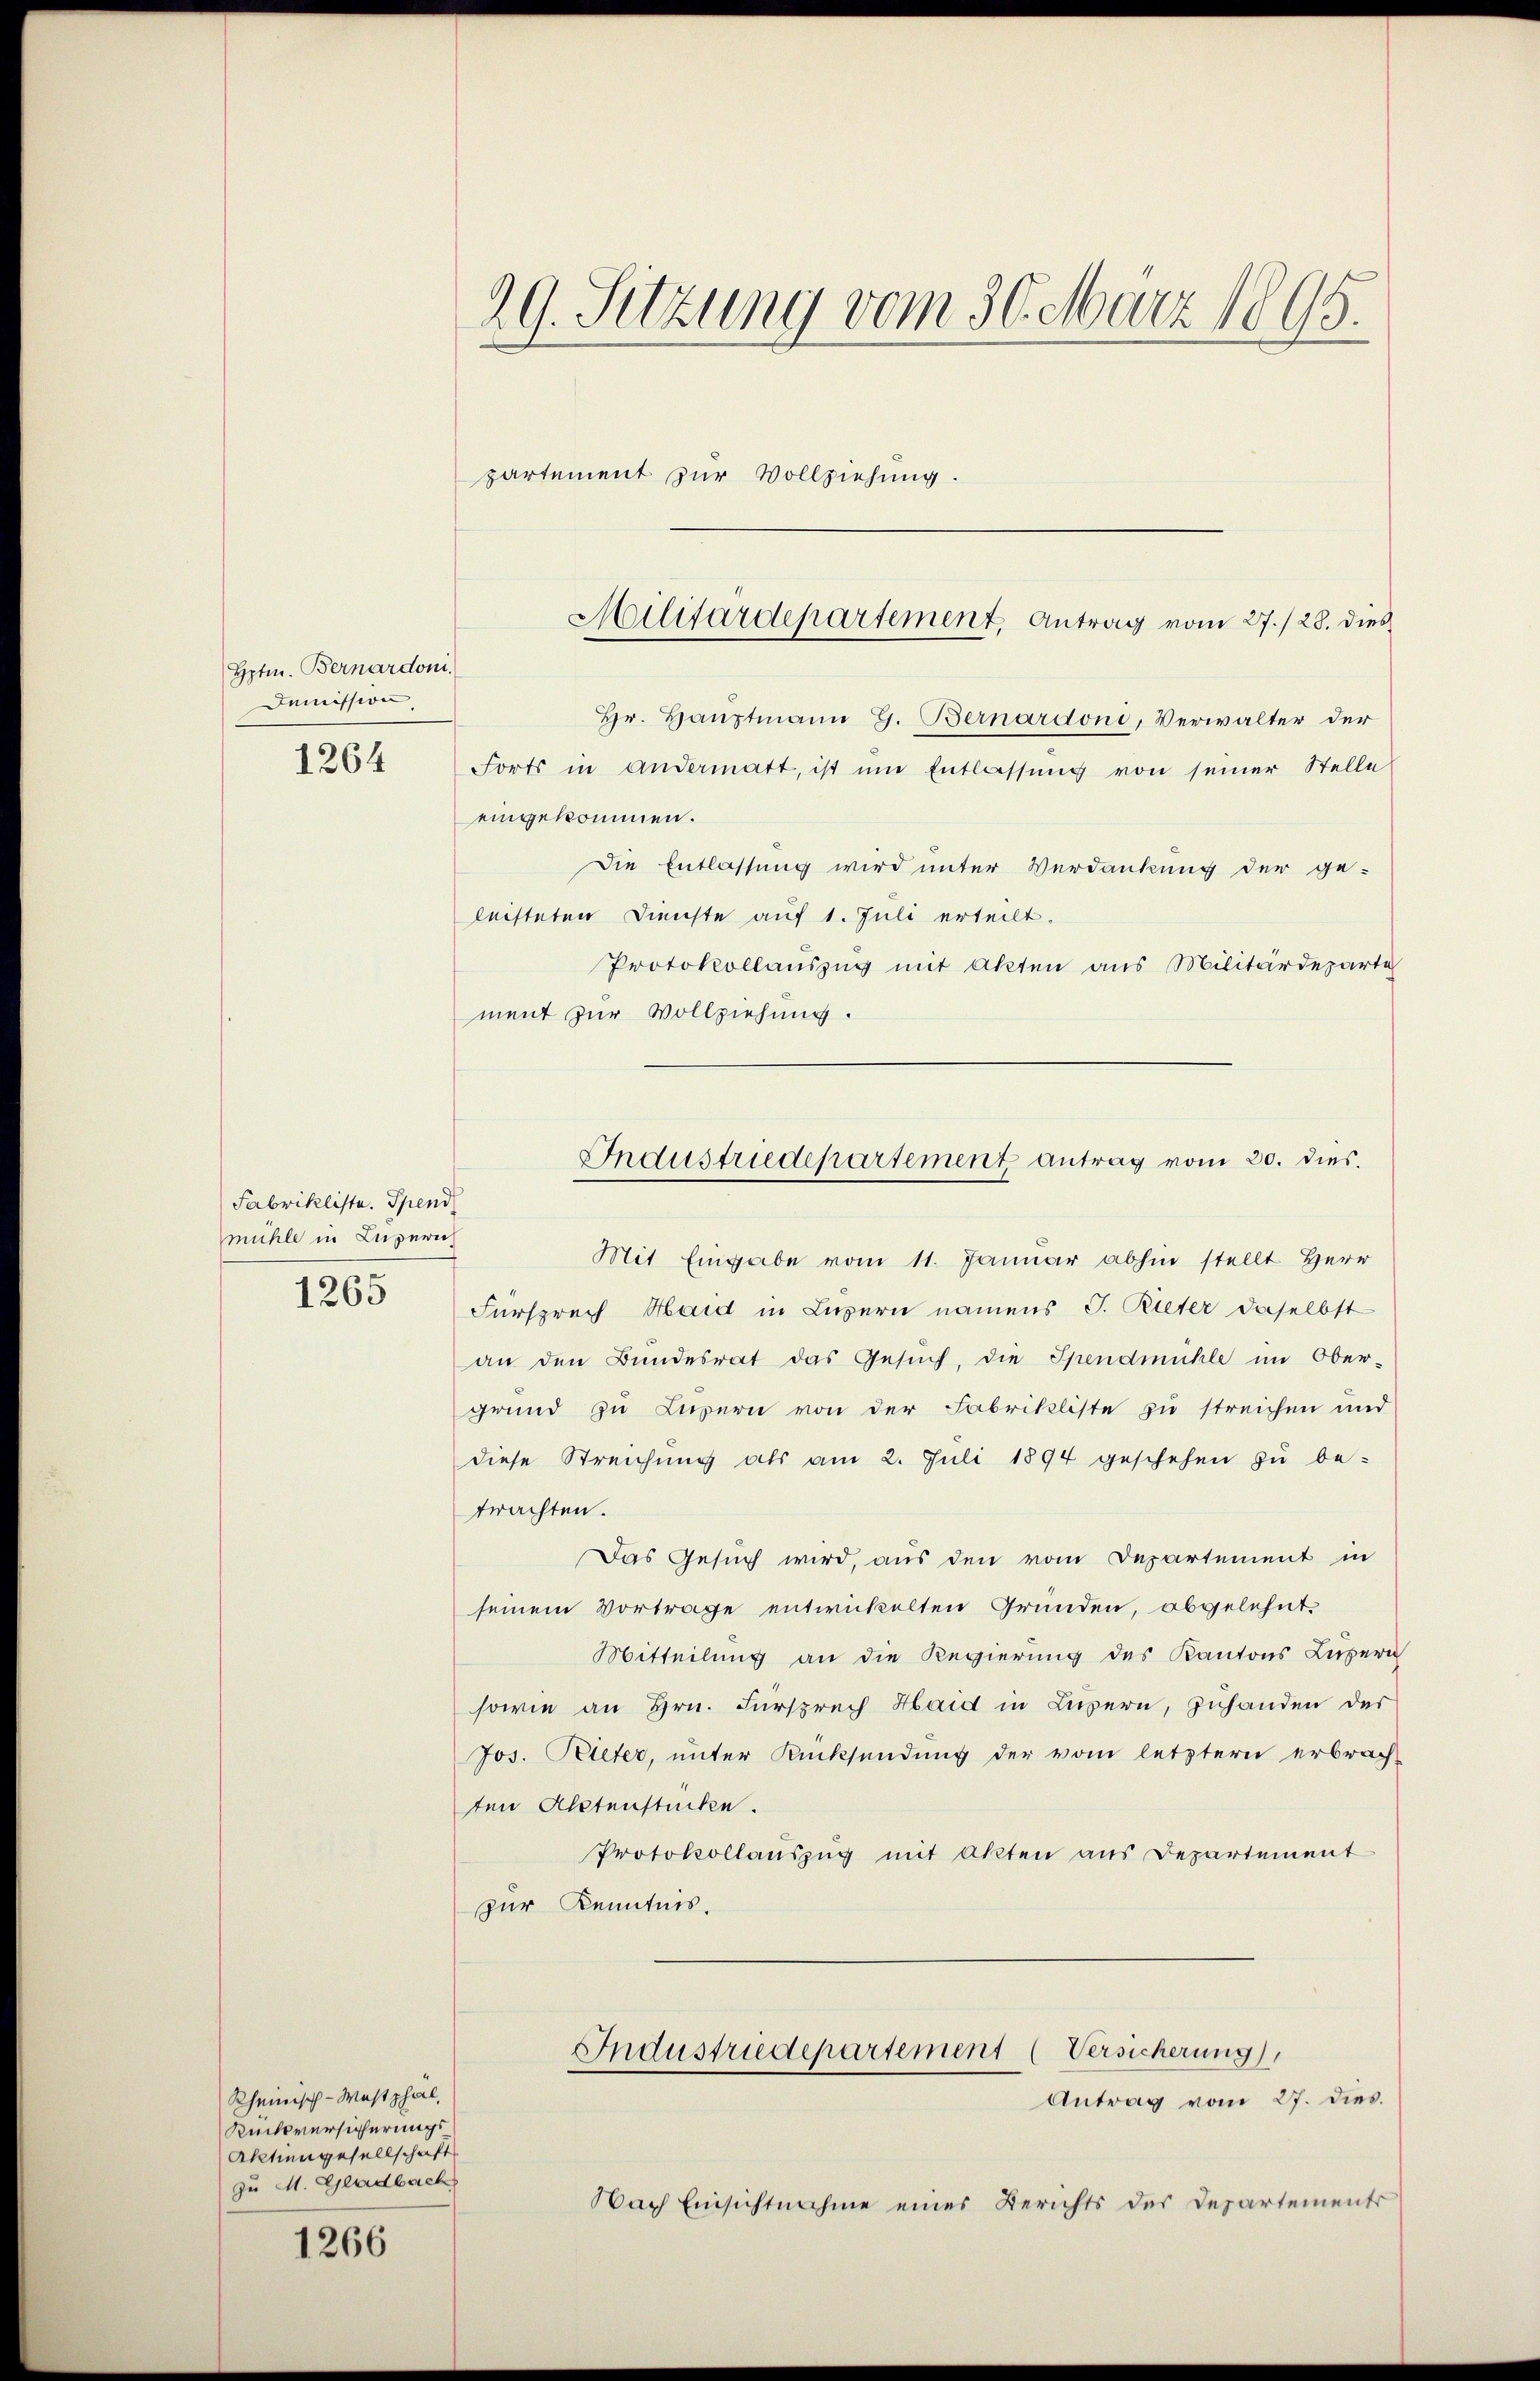
Hpten. Bernardoni.
Demission

1264

Fabrikliste. Spend
mühle in Luperich
1265

Hr. Hauptmann G. Bernardoni, Verwalter der
Forts in andermatt, ist um Entlassung von seiner Stelle
eingekommen.
Die Entlassung wird unter Verdankung der ge-
leisteten Dienste auf 1. Juli erteilt.
Protokollauszug mit Akten aus Militärdeparte
ment zur Vollziehung.
Mit Eingabe vom 11. Januar abhin stellt Herr
Fürsprech Haid in Luzern namens J. Rieter daselbst
an den Bundesrat das Gesuch, die Spendmühle im Ober-
grund zu Luzern von der Fabrikliste zu streichen und
diese Streichŭng als am 2. Juli 1894 geschehen zŭ be-
trachten.
Das Gesuch wird, aus den vom Departement in
seinem Vortrage entwickelten Gründen, obgelehnt.
Mitteilung an die Regierung des Kantons Luzern
sowie an Hrn. Fürsprech Haid in Luzern, zuhanden der
Jos. Pieter, unter Rücksendung der vom letztern erbrach-
ten Altenstücken.
Protokollauszug mit Akten aus Departement
zur Kenntnis.

Rheinisch - Westphal,
Rucksversicherungs¬
Aktiengesellschaft
zu M. Gladbach

1266

29. Sitzung vom 30. März 1895.
partement zur Vollziehung.

Militärdepartement, Antrag vom 27./28. dies

Industriedepartement antrag vom 30. dies

Industriedepartement (Versicherung
Antrag vom 27. dies.

Nach Einsichtnahme eines Berichts der Departements